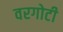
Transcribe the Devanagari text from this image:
वरगोटी